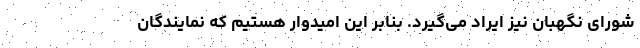
شورای نگهبان نیز ایراد می‌گیرد. بنابر این امیدوار هستیم که نمایندگان